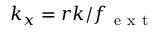
k _ { x } = r k / f _ { \mathrm { ~ e ~ x ~ t ~ } }